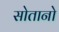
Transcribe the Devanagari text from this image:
सोतानो